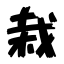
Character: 栽